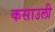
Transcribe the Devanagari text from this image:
कसाउली